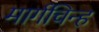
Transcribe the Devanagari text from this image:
मार्गचिन्ह